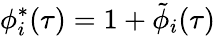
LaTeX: \phi_{i}^{*}(\tau)=1+\tilde{\phi}_{i}(\tau)